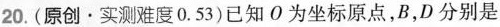
20.(原创·实测难度0.53)已知O为坐标原点，B，D分别是